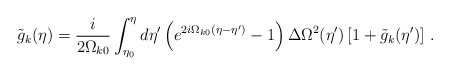
\begin{align*}\tilde{g}_k(\eta)=\frac{i}{2\Omega_{k0}}\int_{\eta_0}^{\eta}d\eta'\left(e^{2i\Omega_{k0}(\eta-\eta')}-1\right)\Delta\Omega^2(\eta')\left[1+\tilde{g}_k(\eta')\right]\, .\end{align*}